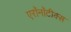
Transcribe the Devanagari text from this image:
एरॉनॉटीक्स